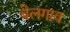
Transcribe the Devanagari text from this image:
बेलगाव